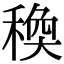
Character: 𥠅